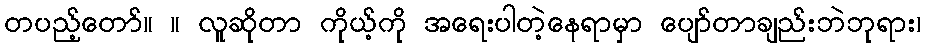
တပည့်တော်။ ။ လူဆိုတာ ကိုယ့်ကို အရေးပါတဲ့နေရာမှာ ပျော်တာချည်းဘဲဘုရား၊